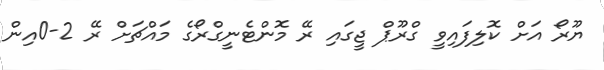
ޔޫރޯ އަށް ކޮލިފައިވީ ގްރޫޕް ޖީގައި ރޭ މޮންޓެނީގްރޯގެ މައްޗަށް ރޭ 2-0އިން